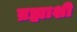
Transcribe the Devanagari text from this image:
ब्रह्माशी